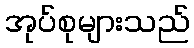
အုပ်စုများသည်